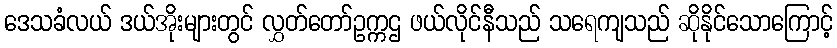
ဒေသခံလယ် ဒယ်အိုးများတွင် လွှတ်တော်ဥက္ကဌ ဖယ်လိုင်နီသည် သရေကျသည် ဆိုနိုင်သောကြောင့်